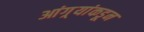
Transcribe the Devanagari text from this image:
आंग्र्‌यांकडून